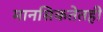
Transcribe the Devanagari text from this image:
मानसिकतेतही